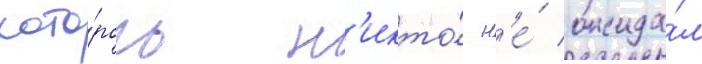
кото́рого н'икто́ н'е́ ожида́л